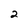
Character: 2